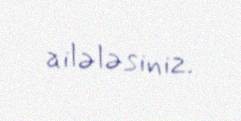
ailələsiniz.